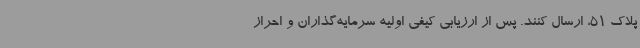
پلاک 51، ارسال کنند. پس از ارزیابی کیفی اولیه سرمایه‌گذاران و احراز